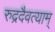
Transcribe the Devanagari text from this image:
रुद्रदैवत्याम्